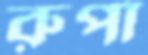
রুপা